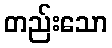
တည်းသော